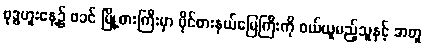
ဗုဒ္ဓဟူးနေ့၌ ဖခင် မြို့စားကြီးမှာ ပိုင်စားနယ်မြေကြီးကို ဝယ်ယူမည့်သူနှင့် အတူ